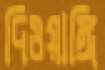
দিওয়াঙ্গি